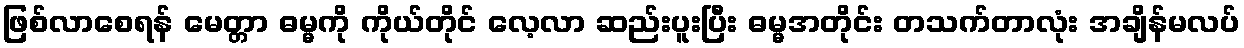
ဖြစ်လာစေရန် မေတ္တာ ဓမ္မကို ကိုယ်တိုင် လေ့လာ ဆည်းပူးပြီး ဓမ္မအတိုင်း တသက်တာလုံး အချိန်မလပ်